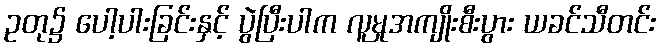
ဥတု၌ ပေါ့ပါးခြင်းနှင့် ပွဲပြီးပါက လူမှုအကျိုးစီးပွား ယခင်သီတင်း